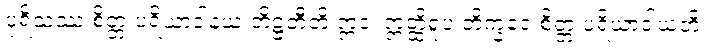
ပုရိသဿ စိတ္တံ ပရိယာဒါနယ တိဋ္ဌတီတိ ဣဒံ၊ ဣတ္ထိရူပံ ဘိက္ခဝေ စိတ္တံ ပရိယာဒါယတိ